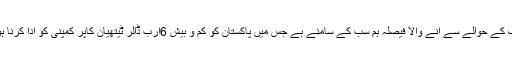
ریکوڈک کے حوالے سے آنے والا فیصلہ ہم سب کے سامنے ہے جس میں پاکستان کو کم و بیش 6ارب ڈالر ٹیتھیان کاپر کمپنی کو ادا کرنا ہوں گے۔